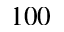
1 0 0